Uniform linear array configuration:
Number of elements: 8
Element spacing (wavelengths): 0.25
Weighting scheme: hann
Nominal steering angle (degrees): -45
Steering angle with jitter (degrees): -45.388
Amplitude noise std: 0.05
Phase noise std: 0.05

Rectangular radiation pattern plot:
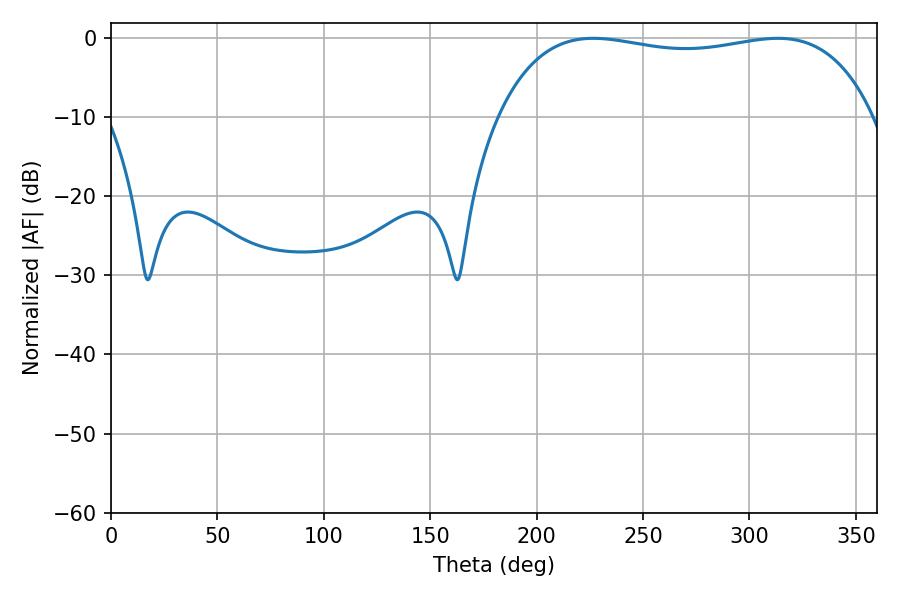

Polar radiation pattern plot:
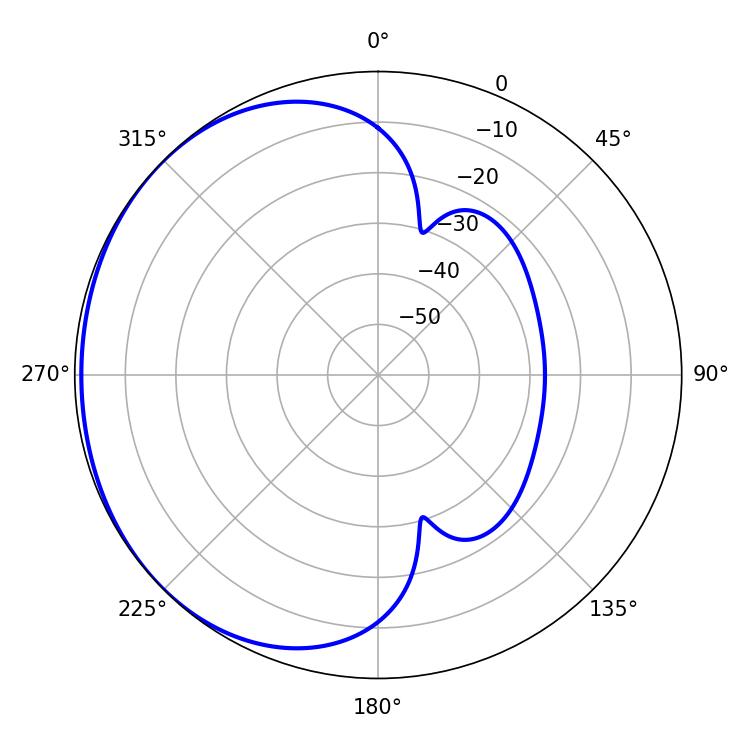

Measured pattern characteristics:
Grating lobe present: FALSE
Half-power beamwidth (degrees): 142.2
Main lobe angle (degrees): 226.62